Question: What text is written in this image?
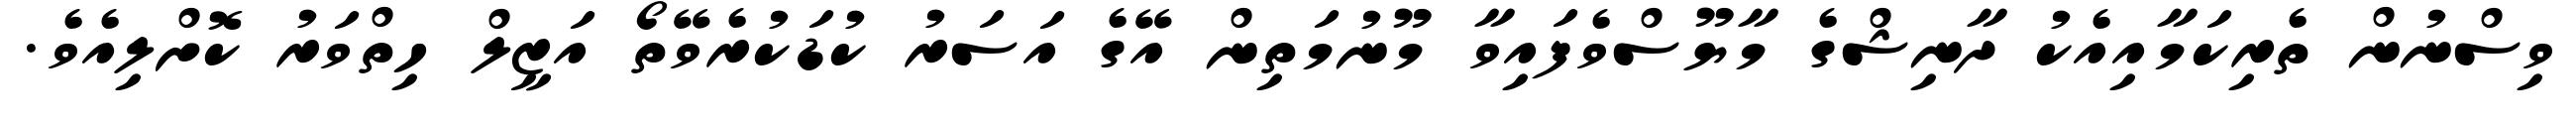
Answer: ވިސްނުން ތެރިކަމާއިއެކު ދާނިޝްގެ މާޔޫސްވެފައިވާ މޫނުމަތިން އޭގެ އަސަރު ކުޑަކުރެވޭތޯ އަޒީލް ހިތްވަރު ކޮށްލިއެވެ.